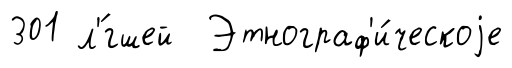
301 л'́гшей Этнограф'и́ческоjе